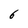
Character: 6